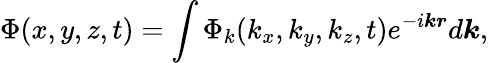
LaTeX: \Phi(x,y,z,t)=\int\Phi_{k}(k_{x},k_{y},k_{z},t)e^{-i\boldsymbol{kr}}d\boldsymbol{k},